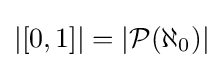
|[0,1]|=|{\mathcal {P}}(\aleph _{0})|